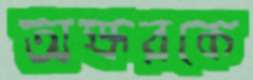
অক্ষরকে